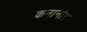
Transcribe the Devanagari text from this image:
कनानोर